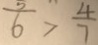
\frac { 5 } { 6 } > \frac { 4 } { 7 }